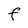
Character: F